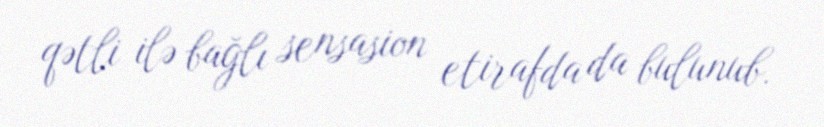
qətli ilə bağlı sensasion etirafda da bulunub.